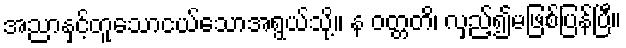
အညာနှင့်တူသောငယ်သောအရွယ်သို့။ န ဝတ္တတိ၊ လှည့်၍မဖြစ်ပြန်ပြီ။